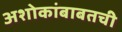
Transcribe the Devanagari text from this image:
अशोकांबाबतची